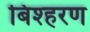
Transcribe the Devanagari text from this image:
बिश्हरण